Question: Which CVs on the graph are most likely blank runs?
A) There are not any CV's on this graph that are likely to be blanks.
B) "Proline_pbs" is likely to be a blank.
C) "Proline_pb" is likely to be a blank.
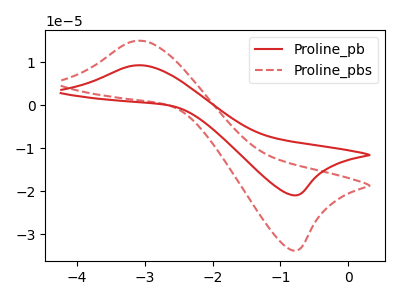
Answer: <think>The red curve "Proline_pb" has an anodic peak at (-3.10V, 9.30uA) and a cathodic peak at (-0.75V, -20.90uA). The red dashed curve "Proline_pbs" has an anodic peak at (-3.10V, 15.00uA) and a cathodic peak at (-0.75V, -33.75uA).</think>
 <answer>A) There are not any CV's on this graph that are likely to be blanks.</answer>
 <eval>A</eval>